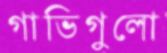
গাভিগুলো